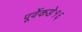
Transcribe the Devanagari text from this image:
पूर्वेकडे१६